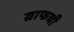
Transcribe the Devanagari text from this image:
ग्राफची